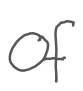
Text: of
Cross-out: clean
Writing tool: digital_gray